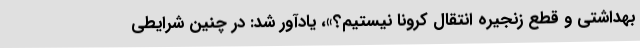
بهداشتی و قطع زنجیره انتقال کرونا نیستیم؟»، یادآور شد: در چنین شرایطی